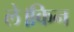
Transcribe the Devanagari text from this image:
ले।किन